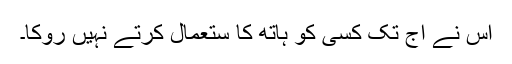
اس نے آج تک کسی کو ہاتھ کا ستعمال کرتے نہیں روکا۔